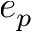
e _ { p }